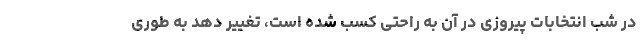
در شب انتخابات پیروزی در آن به راحتی کسب شده است، تغییر دهد به طوری